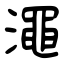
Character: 澠